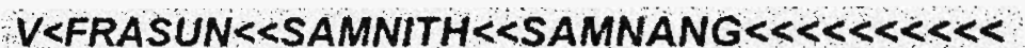
V<FRASUN<<SAMNITH<<SAMNANG<<<<<<<<<<